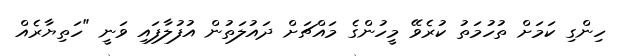
ހިންގި ކަމަށް ތުހުމަތު ކުރެވޭ މީހުންގެ މައްޗަށް ދައުލަތުން އުފުލާފައި ވަނީ "ހަތިޔާރެއް